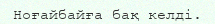
Ноғайбайға бақ келді.